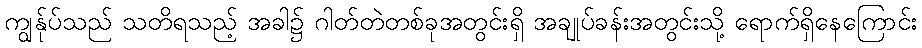
ကျွန်ုပ်သည် သတိရသည့် အခါ၌ ဂါတ်တဲတစ်ခုအတွင်းရှိ အချုပ်ခန်းအတွင်းသို့ ရောက်ရှိနေကြောင်း